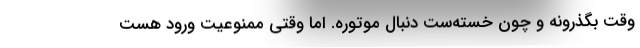
وقت بگذرونه و چون خسته‌ست دنبال موتوره. اما وقتی ممنوعیت ورود هست